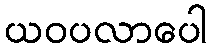
ယဝပလာပေါ